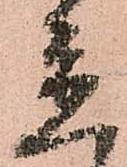
置